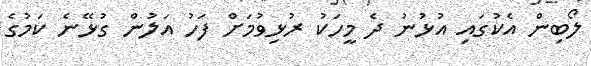
ލޯބިން އެކުގައި އުޅުނު ދެ މީހަކު ރުޅިވުމަށް ފަހު އަލުން ގުޅޭނެ ކަމުގެ